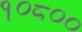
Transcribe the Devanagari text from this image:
१०८००